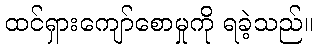
ထင်ရှားကျော်စောမှုကို ရခဲ့သည်။